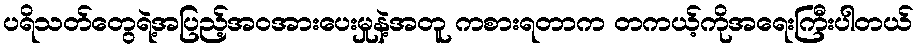
ပရိသတ်တွေရဲ့အပြည့်အဝအားပေးမှုနဲ့အတူ ကစားရတာက တကယ့်ကိုအရေးကြီးပါတယ်